Insane asylums Bombay 1873-77 - 1873-1877
Year: 1873
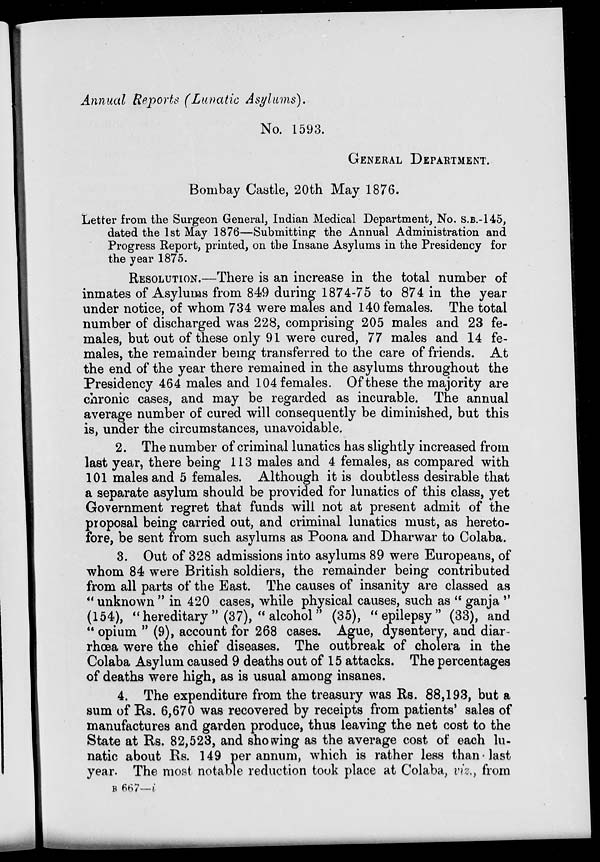
Annual Reports (Lunatic Asylums).
No. 1593.
GENERAL DEPARTMENT.
Bombay Castle, 20th May 1876.
Letter from the Surgeon General, Indian Medical Department, No. S.B.-145,
dated the 1st May 1876—Submitting the Annual Administration and
Progress Report, printed, on the Insane Asylums in the Presidency for
the year 1875.
RESOLUTION.—There is an increase in the total number of
inmates of Asylums from 849 during 1874-75 to 874 in the year
under notice, of whom 734 were males and 140 females. The total
number of discharged was 228, comprising 205 males and 23 fe-
males, but out of these only 91 were cured, 77 males and 14 fe-
males, the remainder being transferred to the care of friends. At
the end of the year there remained in the asylums throughout the
Presidency 464 males and 104 females. Of these the majority are
chronic cases, and may be regarded as incurable. The annual
average number of cured will consequently be diminished, but this
is, under the circumstances, unavoidable.
2. The number of criminal lunatics has slightly increased from
last year, there being 113 males and 4 females, as compared with
101 males and 5 females. Although it is doubtless desirable that
a separate asylum should be provided for lunatics of this class, yet
Government regret that funds will not at present admit of the
proposal being carried out, and criminal lunatics must, as hereto-
fore, be sent from such asylums as Poona and Dharwar to Colaba.
3. Out of 328 admissions into asylums 89 were Europeans, of
whom 84 were British soldiers, the remainder being contributed
from all parts of the East. The causes of insanity are classed as
" unknown " in 420 cases, while physical causes, such as " ganja "
(154), "hereditary" (37), "alcohol" (35), "epilepsy" (33), and
" opium " (9), account for 268 cases. Ague, dysentery, and diar-
rhœa were the chief diseases. The outbreak of cholera in the
Colaba Asylum caused 9 deaths out of 15 attacks. The percentages
of deaths were high, as is usual among insanes.
4. The expenditure from the treasury was Rs. 88,193, but a
sum of Rs. 6,670 was recovered by receipts from patients' sales of
manufactures and garden produce, thus leaving the net cost to the
State at Rs. 82,523, and showing as the average cost of each lu-
natic about Rs. 149 per annum, which is rather less than last
year. The most notable reduction took place at Colaba, viz., from
B 667—i